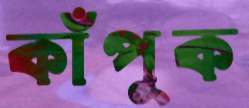
কাঁপুক